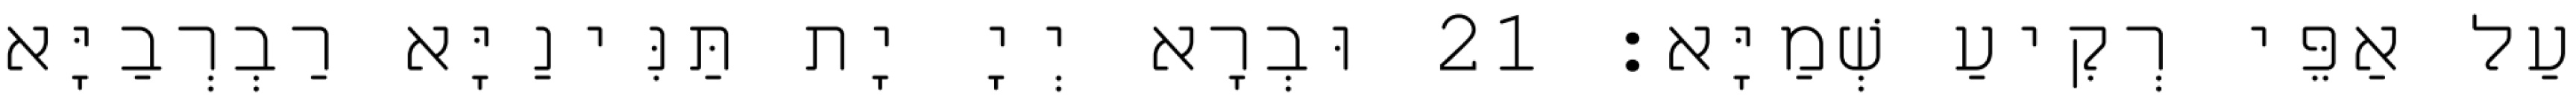
עַל אַפֵּי רְקִיעַ שְׁמַיָּא׃ 21 וּבְרָא יְיָ יָת תַּנִּינַיָּא רַבְרְבַיָּא